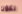
تكون